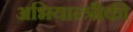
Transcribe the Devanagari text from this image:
अभियान्त्रीकी